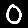
Digit: 0